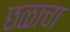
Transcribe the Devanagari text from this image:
छळाचा